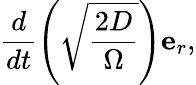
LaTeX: \frac{d}{dt}\left(\sqrt{\frac{2D}{\Omega}}\right)\mathbf{e}_{r},